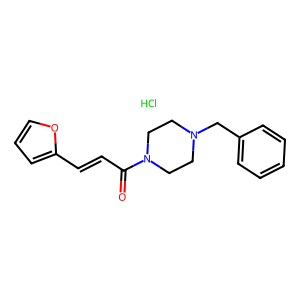
SMILES: Cl.O=C(C=Cc1ccco1)N1CCN(Cc2ccccc2)CC1
Inhibits HIV replication: No